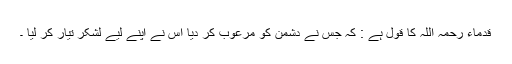
قدماء رحمہ اللہ کا قول ہے : کہ جس نے دشمن کو مرعوب کر دیا اس نے اپنے لیے لشکر تیار کر لیا ۔